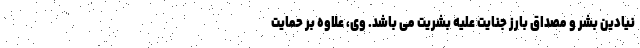
نیادین بشر و مصداق بارز جنایت علیه بشریت می باشد. وی، علاوه بر حمایت